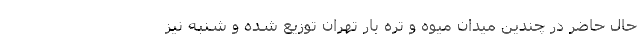
حال حاضر در چندین میدان میوه و تره بار تهران توزیع شده و شنبه نیز